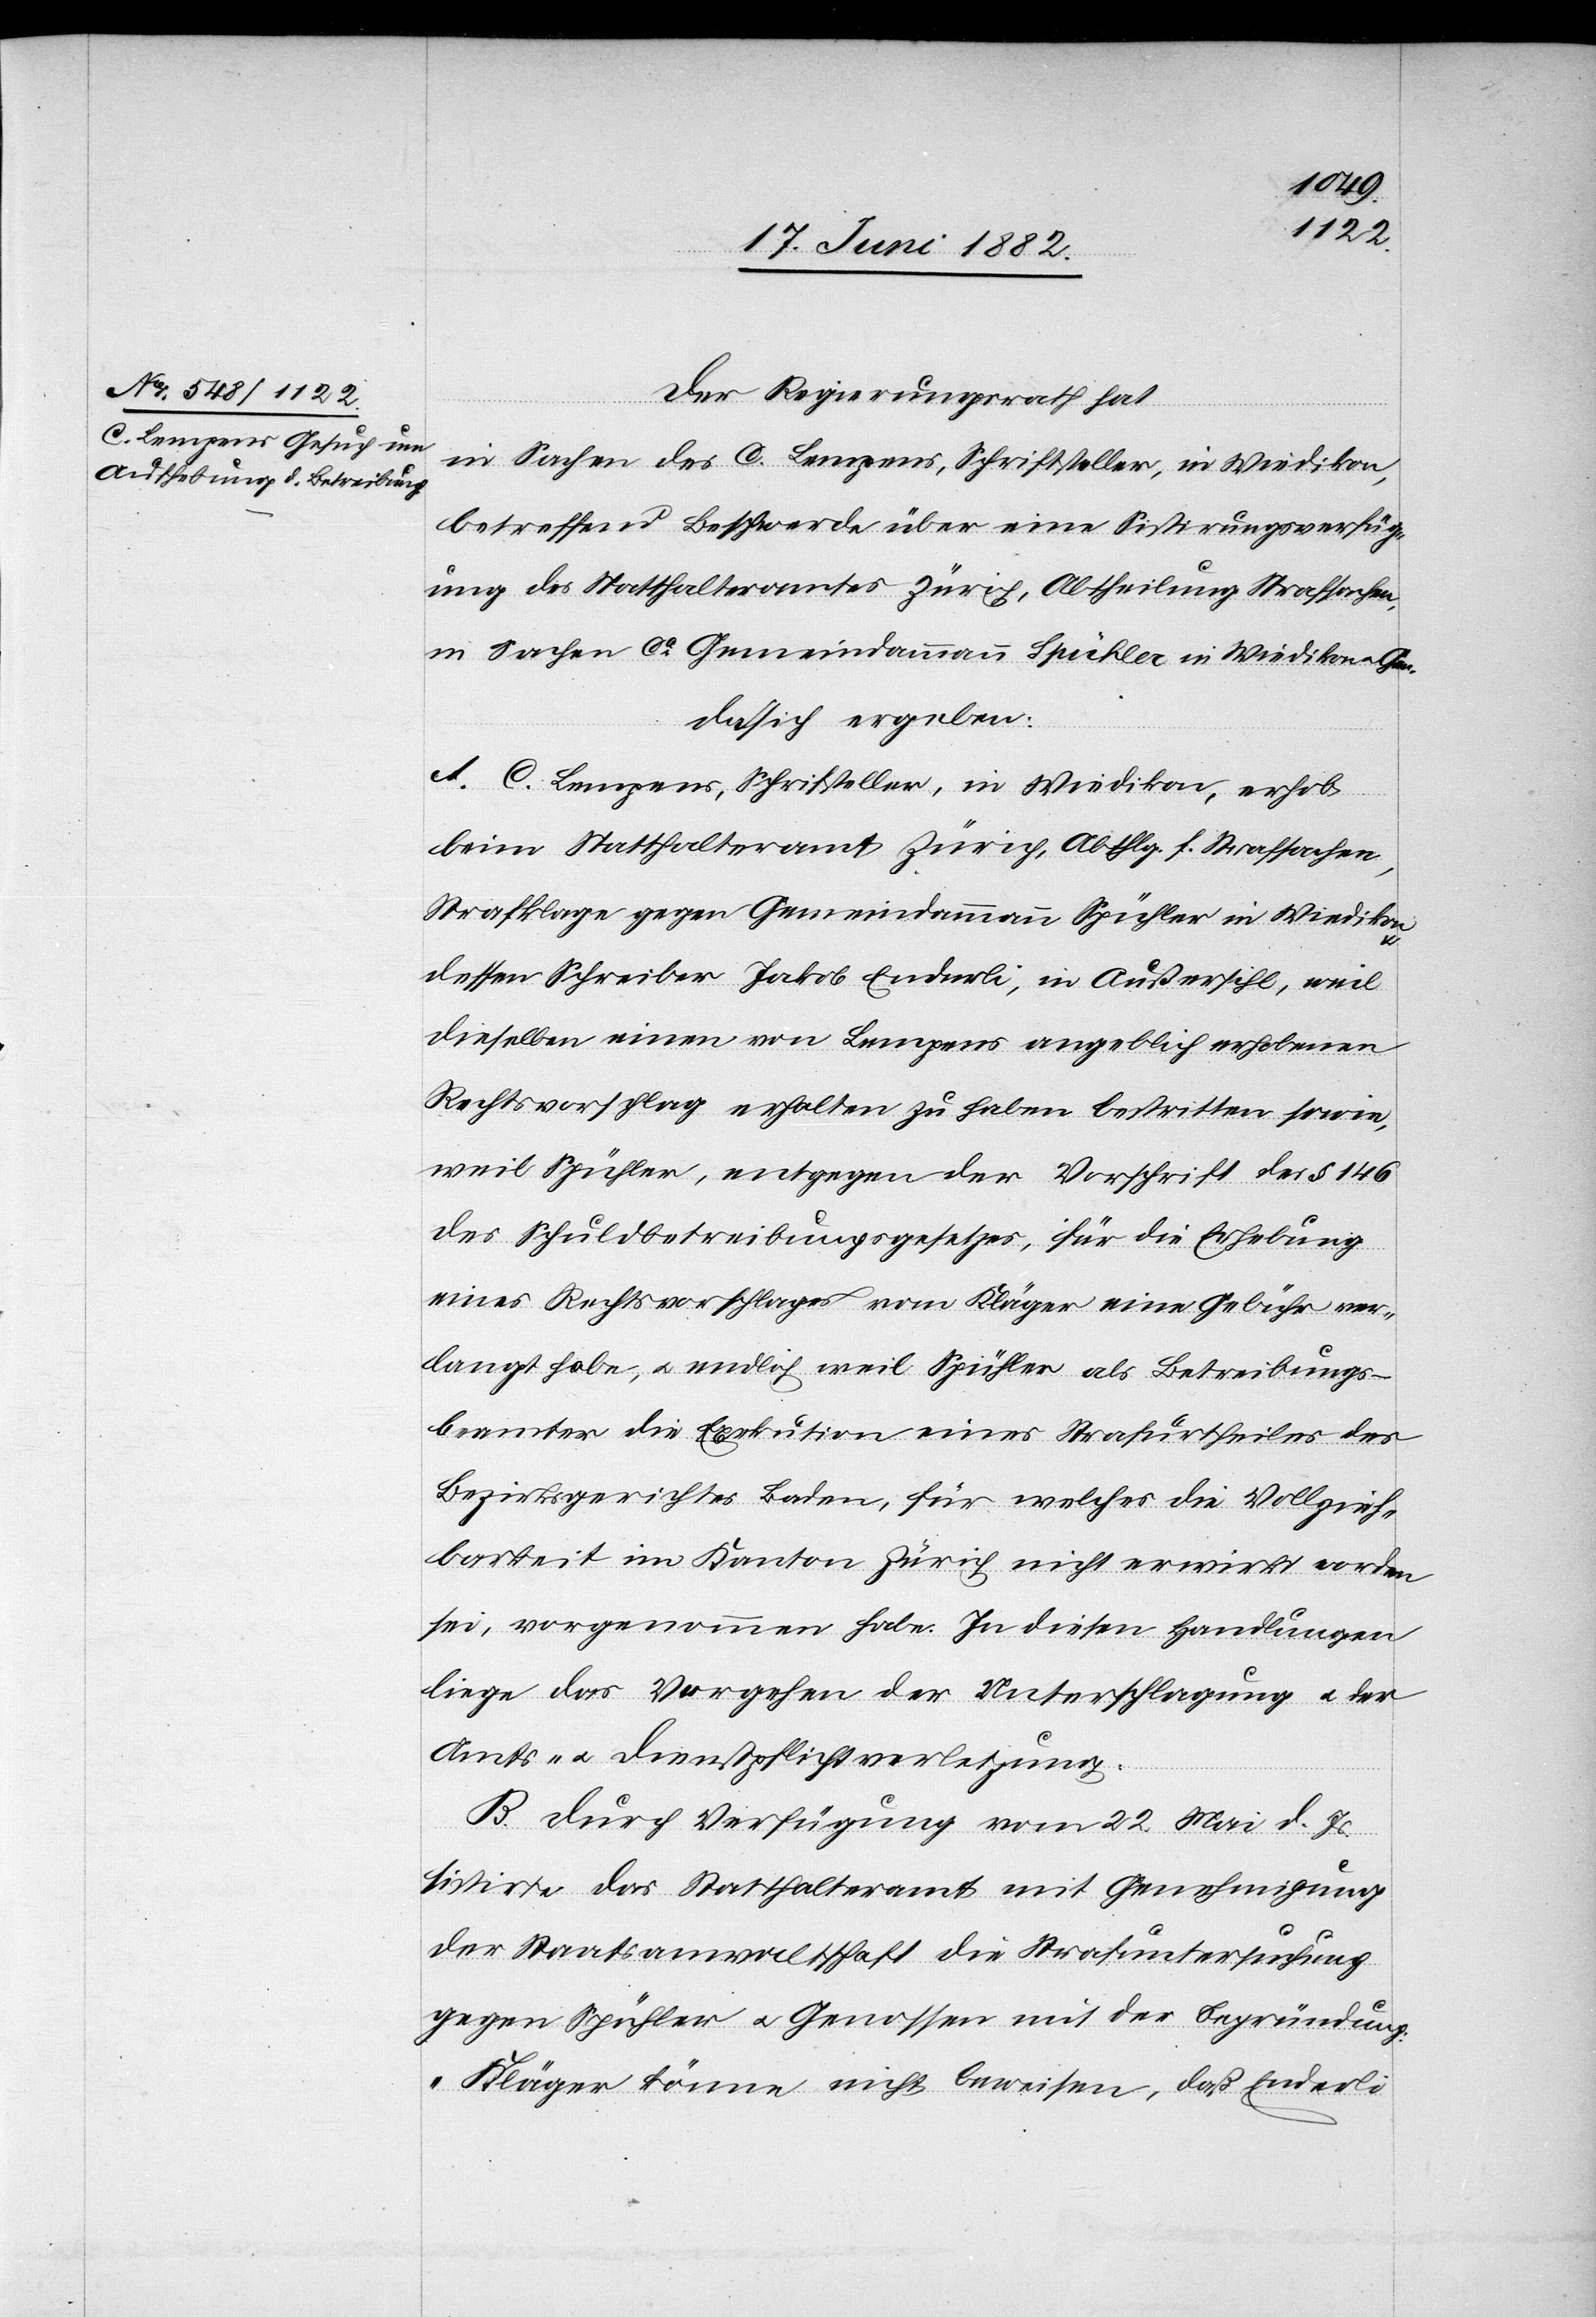
Der Regierungsrath hat,
in Sachen des C. Lempens, Schriftsteller, in Wiedikon,
betreffend Beschwerde über eine Sistirungsverfüg¬
ung des Statthalteramtes Zürich, Abtheilung Strafsachen,
in Sachen ca Gemeindammann Spühler in Wiedikon u. Gen.
da sich ergeben:
A. C. Lempens, Schriftsteller, in Wiedikon, erhob
beim Statthalteramt Zürich, Abthlg. f. Strafsachen,
Strafklage gegen Gemeindammann Spühler in Wiedikon
dessen Schreiber Jakob Enderli, in Außersihl, weil
dieselben einen von Lempens angeblich erhobenen
Rechtsvorschlag erhalten zu haben bestritten sowie,
weil Spühler, entgegen der Vorschrift des § 146
des Schuldbetreibungsgesetzes, für die Erhebung
eines Rechtsvorschlages vom Kläger eine Gebühr ver¬
langt habe, u. endlich weil Spühler als Betreibungs¬
beamter die Exekution eines Strafurtheiles des
Bezirksgerichtes Baden, für welches die Vollzieh¬
barkeit im Kanton Zürich nicht erwirkt worden
sei, vorgenommen habe. In diesen Handlungen
liege das Vorgehen der Unterschlagung u. der
Amts- u. Dienstpflichtverletzung.
B. Durch Verfügung vom 22. Mai d. Js.
sistirte das Statthalteramt mit Genehmigung
der Staatsanwaltschaft die Strafuntersuchung
gegen Spühler u. Genossen mit der Begründung:
„Kläger könne nicht beweisen, daß Enderli